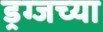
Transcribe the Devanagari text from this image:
ड्रग्जच्या